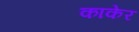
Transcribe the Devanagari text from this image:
काकेर